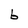
Character: b